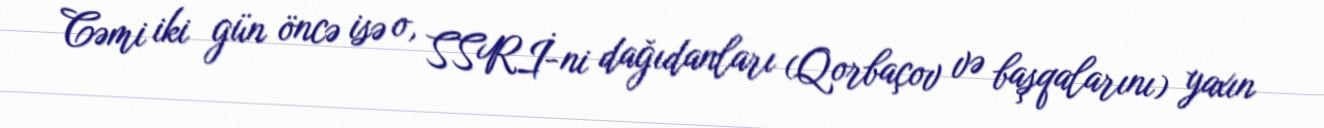
Cəmi iki gün öncə isə o, SSRİ-ni dağıdanları (Qorbaçov və başqalarını) yaxın